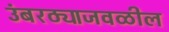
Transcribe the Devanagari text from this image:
उंबरठ्याजवळील